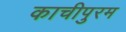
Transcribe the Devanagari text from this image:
काचीपुरम